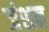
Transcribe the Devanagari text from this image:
जंशन